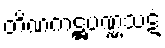
တိဏကဋ္ဌပဏ္ဏသဋံ